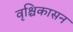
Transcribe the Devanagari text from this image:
वृश्चिकासन